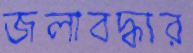
জলাবদ্ধার